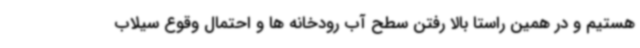
هستیم و در همین راستا بالا رفتن سطح آب رودخانه ها و احتمال وقوع سیلاب